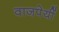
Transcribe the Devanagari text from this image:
वाजपेयीं